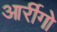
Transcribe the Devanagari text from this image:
आर्रीगो